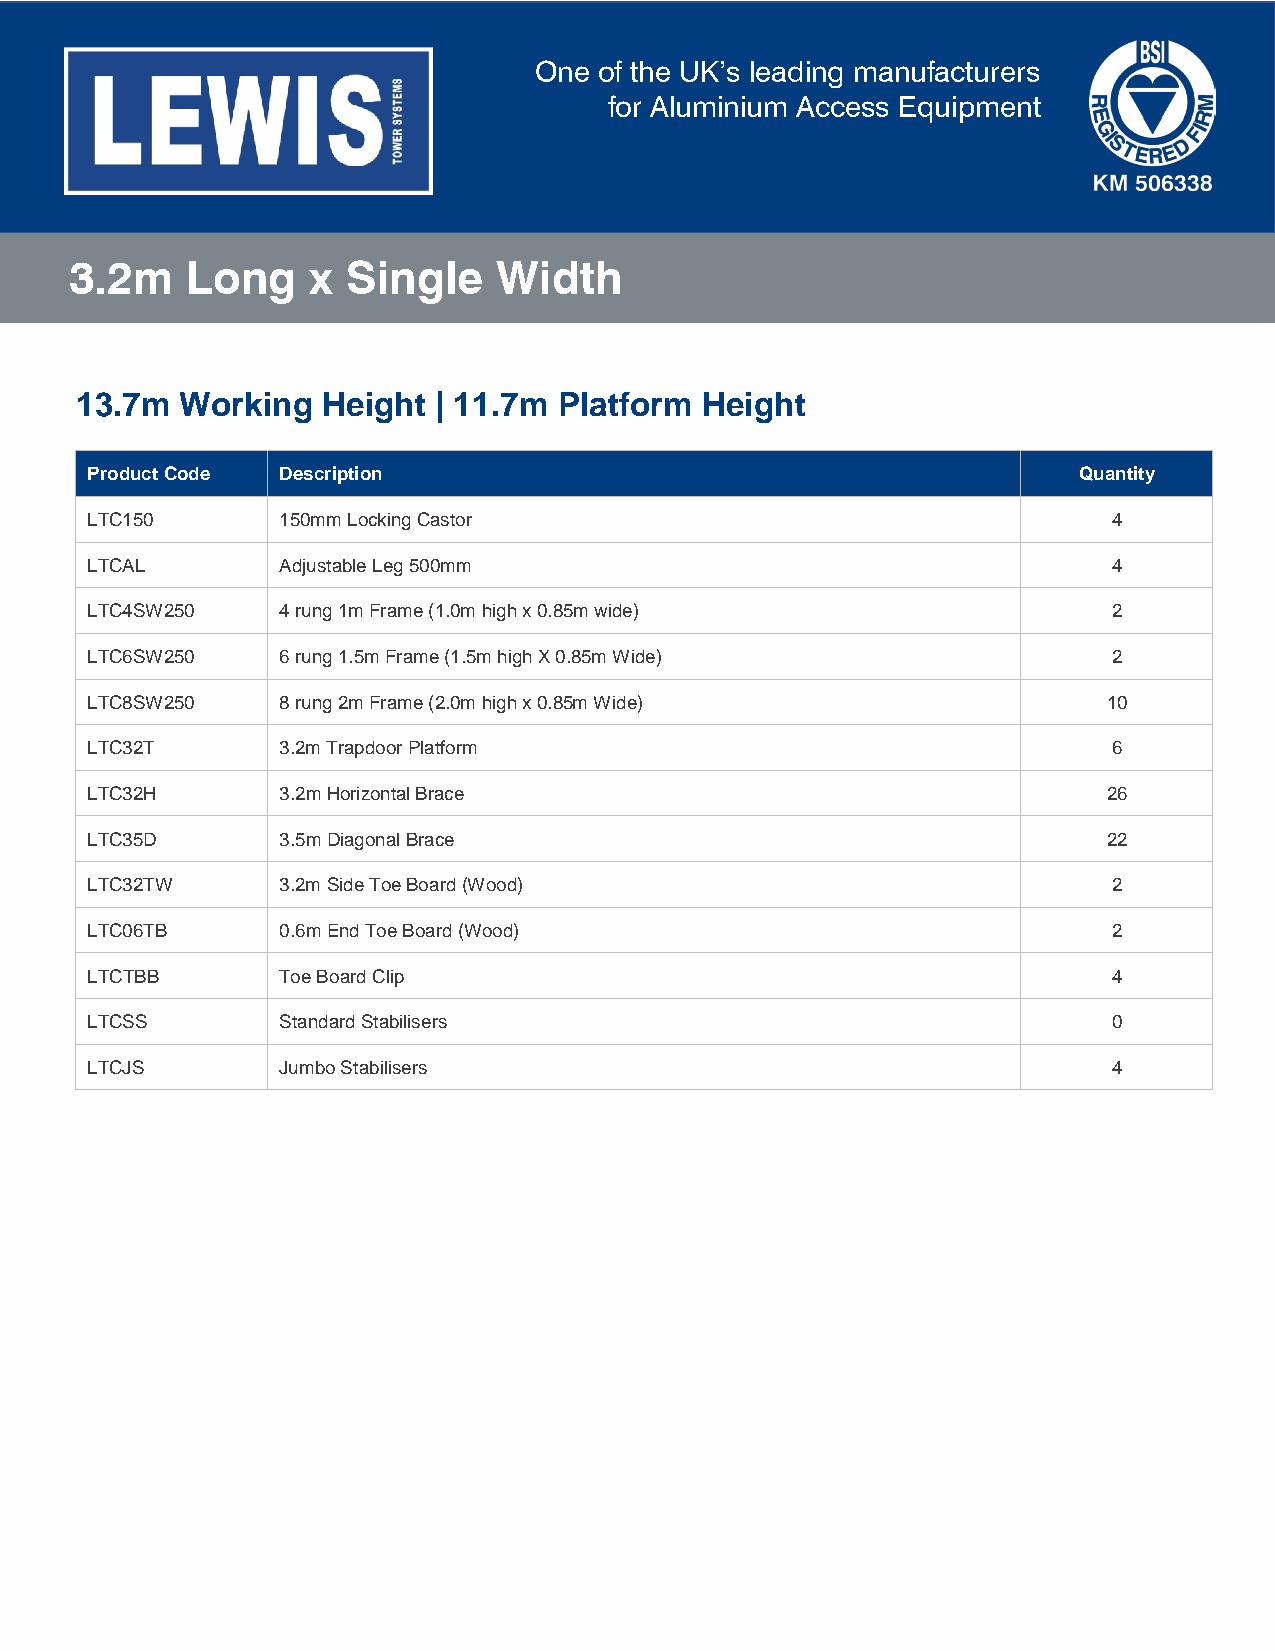
One  of the UK’s leading manufacturers
 for Aluminium Access Equipment
 3.2m   Long     x Single    Width
 13.7m  Working  Height  | 11.7m Platform Height
 Product Code Description                                         Quantity
 LTC150      150mm Locking Castor                                    4
 LTCAL       Adjustable Leg 500mm                                    4
 LTC4SW250   4 rung 1m Frame (1.0m high x 0.85m wide)                2
 LTC6SW250   6 rung 1.5m Frame (1.5m high X 0.85m Wide)              2
 LTC8SW250   8 rung 2m Frame (2.0m high x 0.85m Wide)               10
 LTC32T      3.2m Trapdoor Platform                                  6
 LTC32H      3.2m Horizontal Brace                                  26
 LTC35D      3.5m Diagonal Brace                                    22
 LTC32TW     3.2m Side Toe Board (Wood)                              2
 LTC06TB     0.6m End Toe Board (Wood)                               2
 LTCTBB      Toe Board Clip                                          4
 LTCSS       Standard Stabilisers                                    0
 LTCJS       Jumbo Stabilisers                                       4